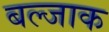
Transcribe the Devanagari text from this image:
बल्जाक